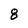
Character: 8